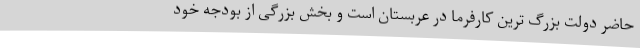
حاضر دولت بزرگ ترین کارفرما در عربستان است و بخش بزرگی از بودجه خود